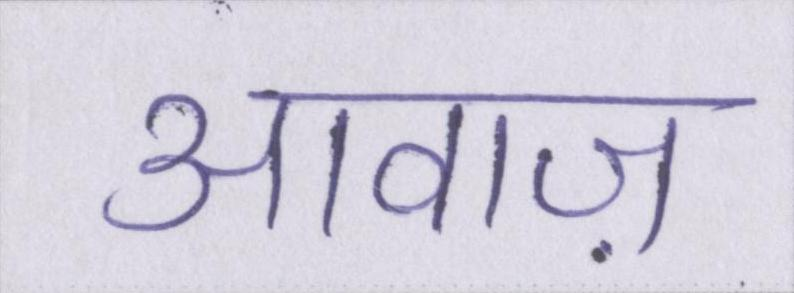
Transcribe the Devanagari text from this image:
आवाज़